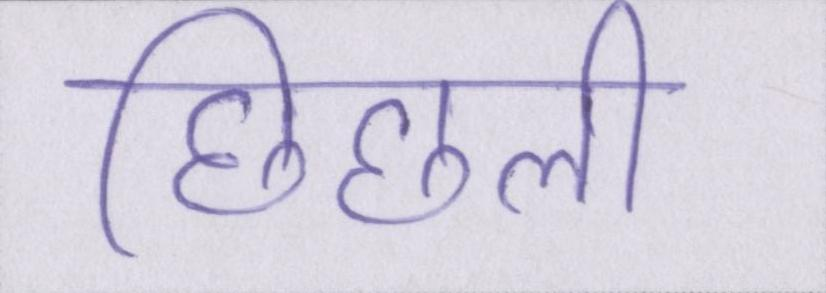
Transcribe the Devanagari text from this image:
छिछली